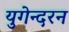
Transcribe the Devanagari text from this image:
युगेन्दरन